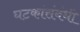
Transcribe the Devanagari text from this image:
घटकांसंबंधी